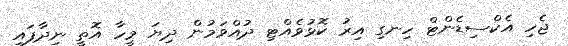
ޖެހި އެކްސިޑެންޓް ހިނގި އިރު ކޮޅުވެއްޓި ދުއްވަމުން ދިޔަ މީހާ އޮތީ ނިދާފައި